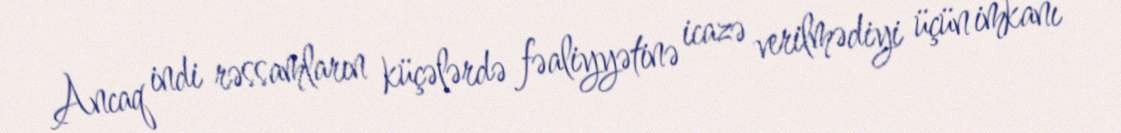
Ancaq indi rəssamların küçələrdə fəaliyyətinə icazə verilmədiyi üçün imkanı